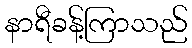
နာရီခန့်ကြာသည်